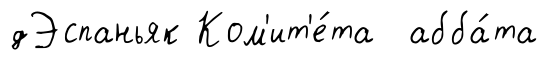
дЭспаньяк Ком'ит'е́та абба́та